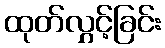
ထုတ်လွှင့်ခြင်း